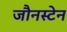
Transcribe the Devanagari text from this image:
जौनस्टेन